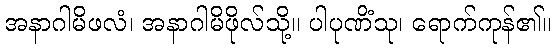
အနာဂါမိဖလံ၊ အနာဂါမိဖိုလ်သို့။ ပါပုဏိံသု၊ ရောက်ကုန်၏။